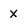
Character: X